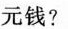
元钱?